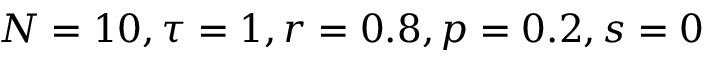
N = 1 0 , \tau = 1 , r = 0 . 8 , p = 0 . 2 , s = 0